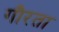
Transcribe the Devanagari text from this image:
गौरता